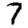
Digit: 7